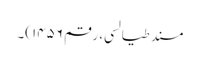
مسند طیالسی، رقم ۱۴۵۶)۔